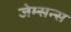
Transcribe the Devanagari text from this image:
जेम्सन्स